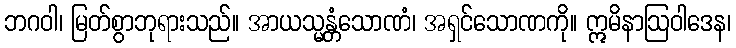
ဘဂဝါ၊ မြတ်စွာဘုရားသည်။ အာယသ္မန္တံသောဏံ၊ အရှင်သောဏကို။ ဣမိနာဩဝါဒေန၊